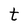
Character: t